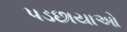
પડછાયાઓ